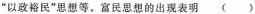
“以政裕民”思想等。富民思想的出现表明 ()